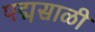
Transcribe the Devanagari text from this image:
पद्मसाळी